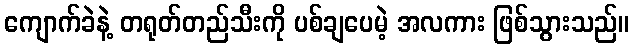
ကျောက်ခဲနဲ့ တရုတ်တည်သီးကို ပစ်ချပေမဲ့ အလကား ဖြစ်သွားသည်။